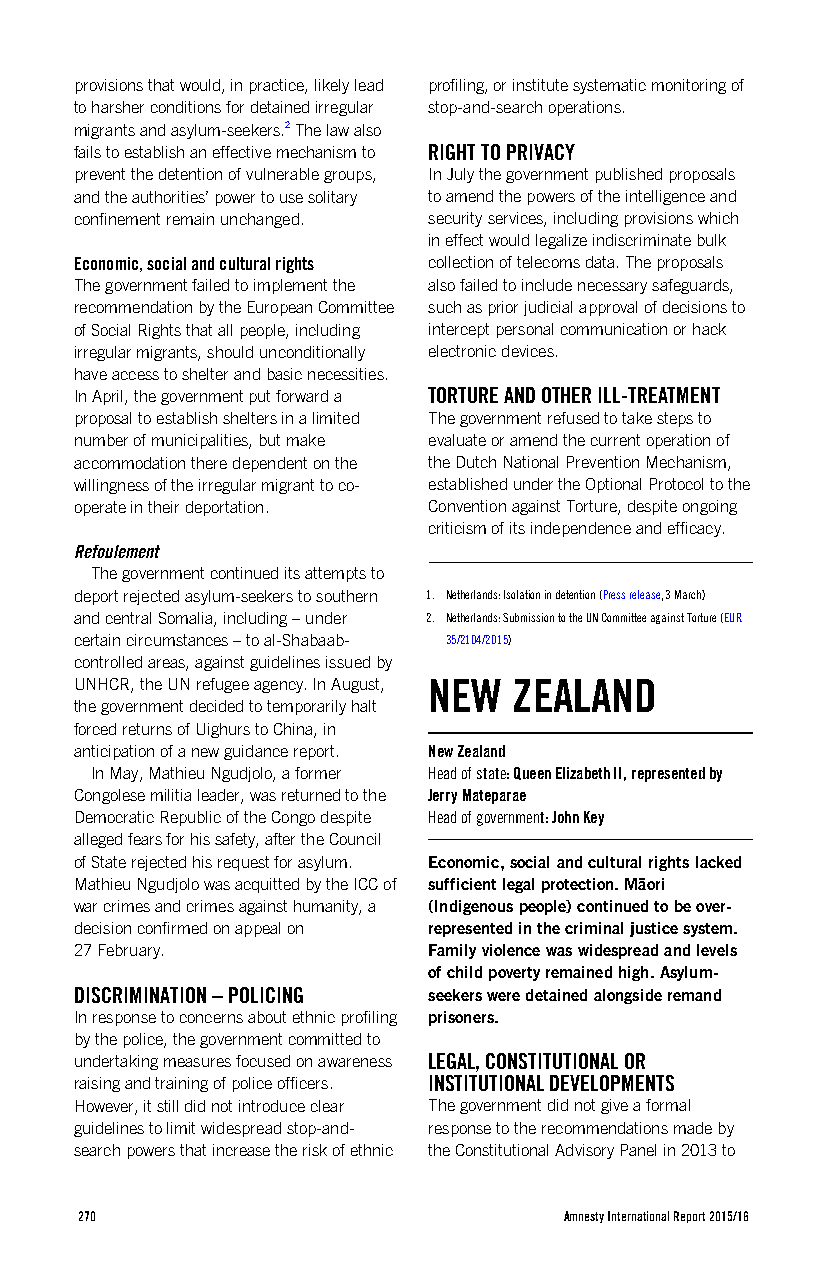
provisions that would, in practice, likely lead profiling, or institute systematic monitoring of
 to harsher conditions for detained irregular stop-and-search operations.
 migrants and asylum-seekers.2 The law also
 fails to establish an effective mechanism to RIGHT TO PRIVACY
 prevent the detention of vulnerable groups, In July the government published proposals
 and the authorities’ power to use solitary to amend the powers of the intelligence and
 confinement remain unchanged. security services, including provisions which
 in effect would legalize indiscriminate bulk
 Economic, social and cultural rights collection of telecoms data. The proposals
 The government failed to implement the also failed to include necessary safeguards,
 recommendation by the European Committee such as prior judicial approval of decisions to
 of Social Rights that all people, including intercept personal communication or hack
 irregular migrants, should unconditionally electronic devices.
 have access to shelter and basic necessities.
 In April, the government put forward a TORTURE AND OTHER ILL-TREATMENT
 proposal to establish shelters in a limited The government refused to take steps to
 number of municipalities, but make evaluate or amend the current operation of
 accommodation there dependent on the the Dutch National Prevention Mechanism,
 willingness of the irregular migrant to co- established under the Optional Protocol to the
 operate in their deportation. Convention against Torture, despite ongoing
 criticism of its independence and efficacy.
 Refoulement
 The government continued its attempts to
 deport rejected asylum-seekers to southern 1. Netherlands: Isolation in detention (Press release, 3 March)
 and central Somalia, including – under 2. Netherlands: Submission to the UN Committee against Torture (EUR
 certain circumstances – to al-Shabaab- 35/2104/2015)
 controlled areas, against guidelines issued by
 UNHCR, the UN refugee agency. In August, NEW ZEALAND
 the government decided to temporarily halt
 forced returns of Uighurs to China, in
 anticipation of a new guidance report. New Zealand
 In May, Mathieu Ngudjolo, a former Head of state: Queen Elizabeth II, represented by
 Congolese militia leader, was returned to the Jerry Mateparae
 Democratic Republic of the Congo despite Head of government: John Key
 alleged fears for his safety, after the Council
 of State rejected his request for asylum. Economic, social and cultural rights lacked
 Mathieu Ngudjolo was acquitted by the ICC of sufficient legal protection. Māori
 war crimes and crimes against humanity, a (Indigenous people) continued to be over-
 decision confirmed on appeal on represented in the criminal justice system.
 27 February.           Family violence was widespread and levels
 of child poverty remained high. Asylum-
 DISCRIMINATION – POLICING seekers were detained alongside remand
 In response to concerns about ethnic profiling prisoners.
 by the police, the government committed to
 undertaking measures focused on awareness LEGAL, CONSTITUTIONAL OR
 raising and training of police officers. INSTITUTIONAL DEVELOPMENTS
 However, it still did not introduce clear The government did not give a formal
 guidelines to limit widespread stop-and- response to the recommendations made by
 search powers that increase the risk of ethnic the Constitutional Advisory Panel in 2013 to
 270                             Amnesty International Report 2015/16